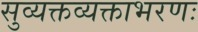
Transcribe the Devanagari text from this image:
सुव्यक्तव्यक्ताभरणः